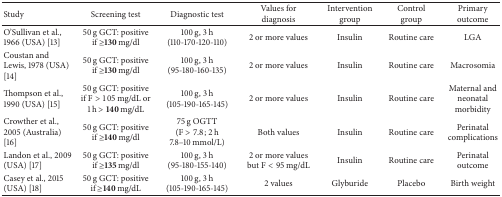
<table><thead><tr><td><b>Study</b></td><td><b>Screening test</b></td><td><b>Diagnostic test</b></td><td><b>Values for diagnosis</b></td><td><b>Intervention group</b></td><td><b>Control group</b></td><td><b>Primary outcome</b></td></tr></thead><tbody><tr><td>O&#x27;Sullivan et al., 1966 (USA) [13]</td><td>50 g GCT: positive if ≥<b>130</b> mg/dl</td><td>100 g, 3 h (110-170-120-110)</td><td> 2 or more values</td><td>Insulin</td><td>Routine care</td><td>LGA</td></tr><tr><td>Coustan and Lewis, 1978 (USA) [14]</td><td>50 g GCT: positive if ≥<b>130</b> mg/dl</td><td>100 g, 3 h (95-180-160-135)</td><td>2 or more values</td><td>Insulin</td><td>Routine care</td><td>Macrosomia</td></tr><tr><td>Thompson et al., 1990 (USA) [15]</td><td>50 g GCT: positive if F &gt; 105 mg/dL or 1 h &gt; <b>140</b> mg/dL</td><td>100 g, 3 h (105-190-165-145)</td><td>2 or more values</td><td>Insulin</td><td>Routine care</td><td>Maternal and neonatal morbidity</td></tr><tr><td>Crowther et al., 2005 (Australia) [16]</td><td>50 g GCT: positive if ≥<b>140</b> mg/dl</td><td>75 g OGTT (F &gt; 7.8; 2 h 7.8–10 mmol/L)</td><td>Both values</td><td>Insulin</td><td>Routine care</td><td>Perinatal complications</td></tr><tr><td>Landon et al., 2009 (USA) [17]</td><td>50 g GCT: positive if ≥<b>135</b> mg/dl</td><td>100 g, 3 h (95-180-155-140)</td><td>2 or more values but F &lt; 95 mg/dL</td><td>Insulin</td><td>Routine care</td><td>Perinatal outcome</td></tr><tr><td>Casey et al., 2015 (USA) [18]</td><td>50 g GCT: positive if ≥<b>140</b> mg/dL</td><td>100 g, 3 h (105-190-165-145)</td><td>2 values</td><td>Glyburide</td><td>Placebo</td><td>Birth weight</td></tr></tbody></table>